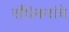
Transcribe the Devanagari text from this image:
सौंधेकरांचे